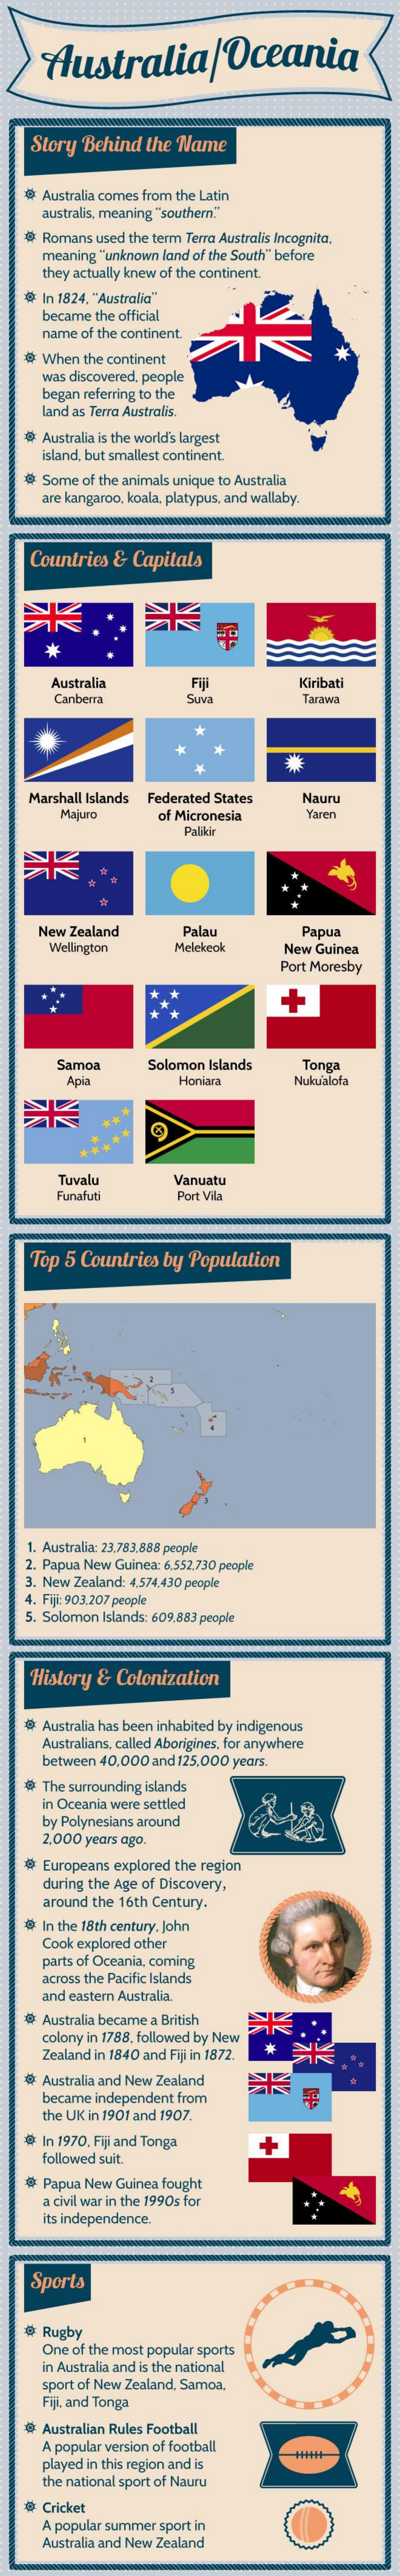
Australia/Oceania
     Story  Behind   the Name
    # Australia comes from the Latin
     australis, meaning "southern."
     Romans used the term Terra Australis Incognita,
     meaning "unknown land of the South" before
     they actually knew of the continent.
     In 1824, "Australia"
     became the official
     name of the continent.
    # When  the continent
     was discovered. people
     began referring to the
     land as Terra Australis.
    # Australia is the world's largest
     island, but smallest continent.
     Some  of the animals unique to Australia
     are kangaroo, koala, platypus, and wallaby.
     Countries  & Capitals
     Australia    Fiji    Kiribati
     Canberra    Suva
     *
    Marshall Islands Federated States    Nauru
     Majuro    of Micronesia    Yaren
     Palikir
     New Zealand    Palas    Papua
     Wellington    Melekeck    New Guinea
     Port Moresby
     Samoa    Solomon Islands    Tonga
     Api    Honiara    Nuku'alola
     Tuvalu    Vanuatu
     Funafuti    Port Vila
     Top 5 Countries   by Population
    1. Australia: 23.783,888 people
    2. Papua New Guinea: 6.552.730 people
    3. New Zealand: 4,574,430 people
    4. Fiji: 903,207 people
    5. Solomon Islands: 609.883 people
    History  &  Colonization
     Australia has been inhabited by indigenous
     Australians, called Aborigines, for anywhere
     between 40.000 and 125,000 years.
     The surrounding islands
     in Oceania were settled
     by Polynesians around
     2,000 years ago.
    # Europeans explored the region
     during the Age of Discovery,
     around the 16th Century.
     In the 18th century, John
     Cook explored other
     parts of Oceania, coming
     across the Pacific Islands
     and eastern Australia.
    # Australia became a British
     colony in 1788. followed by New
     Zealand in 1840 and Fiji in 1872.
    # Australia and New Zealand
     became independent from
     the UK in 1901 and 1907.
    # In 1970. Fiji and Tonga
     followed suit.
     +
    @ Papua New Guinea fought
     a civil war in the 1990s for
     its independence.
     Sports
     Rugby
     One of the most popular sports
     in Australia and is the national
     sport of New Zealand, Samoa.
     Fiji, and Tonga
    # Australian Rules Football
     A popular version of football
     played in this region and is
     the national sport of Nauru
    # Cricket
     A popular summer sport in
     Australia and New Zealand